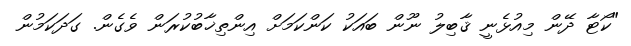
"ކޯޓާ ދޭން މިއުޅެނީ ޤާބިލު ނޫން ބައަކު ކަންކަމަށް އިންތިޚާބުކުރަން ވެގެން. ގަދަކަމުން